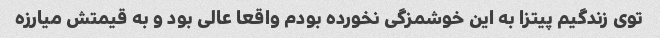
توی زندگیم پیتزا به این خوشمزگی نخورده بودم واقعا عالی بود و به قیمتش میارزه